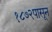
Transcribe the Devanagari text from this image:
१८७२पासून